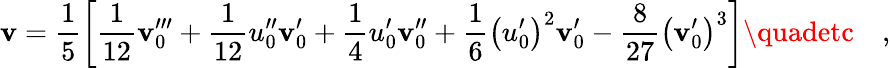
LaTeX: \mathbf{v}=\frac{{1}}{{5}}\left[\frac{{1}}{{12}}\mathbf{v}_{0}^{\prime\prime\prime}+\frac{{1}}{{12}}u_{0}^{\prime\prime}\mathbf{v}_{0}^{\prime}+\frac{{1}}{{4}}u_{0}^{\prime}\mathbf{v}_{0}^{\prime\prime}+\frac{{1}}{{6}}\left(u_{0}^{\prime}\right)^{2}\mathbf{v}_{0}^{\prime}-\frac{{8}}{{27}}\left(\mathbf{v}_{0}^{\prime}\right)^{3}\right]\quadetc\quad,